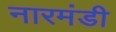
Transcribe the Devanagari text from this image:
नारमंडी